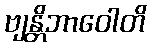
ဗျန္တိဘာဝေါတိ